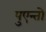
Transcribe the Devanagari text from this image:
पुएन्तो